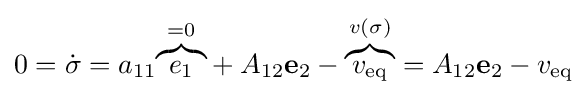
0={\dot {\sigma }}=a_{11}{\mathord {\overbrace {e_{1}} ^{{}=0}}}+A_{12}\mathbf {e} _{2}-{\mathord {\overbrace {v_{\text{eq}}} ^{v(\sigma )}}}=A_{12}\mathbf {e} _{2}-v_{\text{eq}}